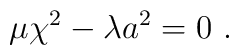
\mu\chi^2-\lambda a^2=0 ~.